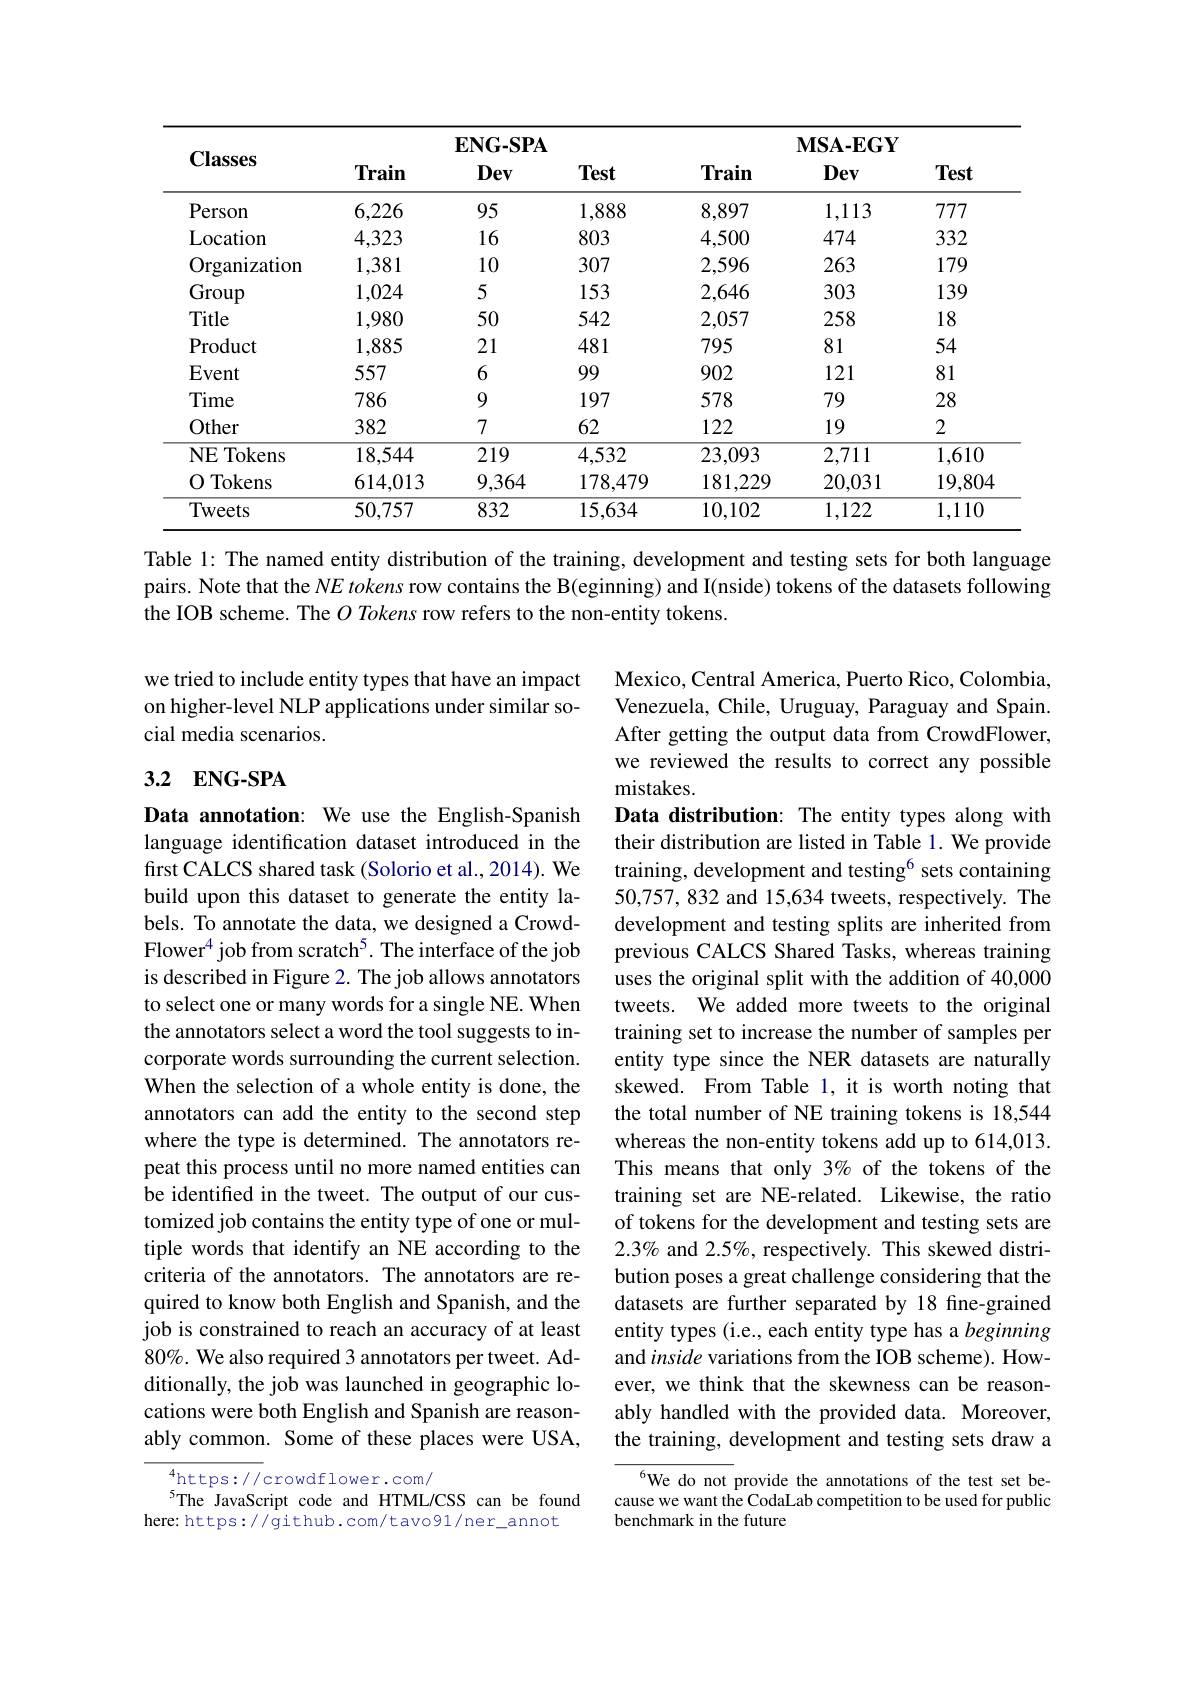
<table>
	<tbody>
		<tr>
			<th rowspan="2">$\mathbf{Classes}$</th>
			<th colspan="3">$\mathbf{ENG-SPA}$</th>
			<th colspan="3">$\mathbf{MSA-EGY}$</th>
		</tr>
		<tr>
			<th>Train</th>
			<th>Dev</th>
			<th>Test</th>
			<th>Train</th>
			<th>Dev</th>
			<th>Test</th>
		</tr>
		<tr>
			<td>Person</td>
			<td>6,226</td>
			<td>95</td>
			<td>1,888</td>
			<td>8,897</td>
			<td>1,113</td>
			<td>777</td>
		</tr>
		<tr>
			<td>Location</td>
			<td>4,323</td>
			<td>16</td>
			<td>803</td>
			<td>4,500</td>
			<td>474</td>
			<td>332</td>
		</tr>
		<tr>
			<td>Organization</td>
			<td>1,381</td>
			<td>10</td>
			<td>307</td>
			<td>2,596</td>
			<td>263</td>
			<td>179</td>
		</tr>
		<tr>
			<td>Group</td>
			<td>1,024</td>
			<td>5</td>
			<td>153</td>
			<td>2,646</td>
			<td>303</td>
			<td>139</td>
		</tr>
		<tr>
			<td>Title</td>
			<td>1,980</td>
			<td>50</td>
			<td>542</td>
			<td>2,057</td>
			<td>258</td>
			<td>18</td>
		</tr>
		<tr>
			<td>Product</td>
			<td>1,885</td>
			<td>21</td>
			<td>481</td>
			<td>795</td>
			<td>81</td>
			<td>54</td>
		</tr>
		<tr>
			<td>Event</td>
			<td>557</td>
			<td>6</td>
			<td>99</td>
			<td>902</td>
			<td>121</td>
			<td>81</td>
		</tr>
		<tr>
			<td>Time</td>
			<td>786</td>
			<td>9</td>
			<td>197</td>
			<td>578</td>
			<td>79</td>
			<td>28</td>
		</tr>
		<tr>
			<td>Other</td>
			<td>382</td>
			<td>7</td>
			<td>62</td>
			<td>122</td>
			<td>19</td>
			<td>2</td>
		</tr>
		<tr>
			<td>NE Tokens 1</td>
			<td>18,544</td>
			<td>219</td>
			<td>4,532</td>
			<td>23,093</td>
			<td>2,711</td>
			<td>1,610</td>
		</tr>
		<tr>
			<td>Tokens 0</td>
			<td>614,013</td>
			<td>9,364</td>
			<td>178,479</td>
			<td>181,229</td>
			<td>20,031</td>
			<td>19,804</td>
		</tr>
		<tr>
			<td>Tweets</td>
			<td>50,757</td>
			<td>832</td>
			<td>15,634</td>
			<td>10,102</td>
			<td>1,122</td>
			<td>1,110</td>
		</tr>
	</tbody>
</table>
Table 1: The named entity distribution of the training, development and testing sets for both language

pairs. Note that the $NE\textit{ tokens row contains the B( eginning) and I( nside) tokens of the datasets following}$
the IOB scheme. The $O\textit{Tokens row refers to the non- entity tokens. }$

we tried to include entity types that have an impact on higher-level NLP applications under similar social media scenarios.

## 3.2 $\mathbf{ENG- SPA}$

Mexico, Central America, Puerto Rico, Colombia, Venezuela, Chile, Uruguay, Paraguay and Spain. After getting the output data from CrowdFlower, we reviewed the results to correct any possible mistakes.
Data distribution: The entity types along with their distribution are listed in Table 1. We provide training, development and testing$^{6}$ sets containing 50,757,832 and 15,634 tweets, respectively. The development and testing splits are inherited from previous CALCS Shared Tasks, whereas training uses the original split with the addition of 40,000 tweets. We added more tweets to the original training set to increase the number of samples per entity type since the NER datasets are naturally skewed. From Table 1, it is worth noting that the total number of NE training tokens is 18,544 whereas the non-entity tokens add up to 614,013. This means that only 3% of the tokens of the training set are NE-related. Likewise, the ratio of tokens for the development and testing sets are 2.3% and 2.5%, respectively. This skewed distribution poses a great challenge considering that the datasets are further separated by 18 fine-grained entity types (i.e., each entity type has a beginning and inside variations from the IOB scheme). However, we think that the skewness can be reasonably handled with the provided data. Moreover, the training, development and testing sets draw a
$^{6}$We do not provide the annotations of the test set be-

Data annotation: We use the English-Spanish language identification dataset introduced in the first CALCS shared task (Solorio et al., 2014). We build upon this dataset to generate the entity labels. To annotate the data, we designed a CrowdFlower$^{4}$ job from scratch$^5.$ The interface of the job is described in Figure 2. The job allows annotators to select one or many words for a single NE. When the annotators select a word the tool suggests to incorporate words surrounding the current selection. When the selection of a whole entity is done, the annotators can add the entity to the second step where the type is determined. The annotators repeat this process until no more named entities can be identified in the tweet. The output of our customized job contains the entity type of one or multiple words that identify an NE according to the criteria of the annotators. The annotators are required to know both English and Spanish, and the job is constrained to reach an accuracy of at least 80%. We also required 3 annotators per tweet. Additionally, the job was launched in geographic locations were both English and Spanish are reasonably common. Some of these places were USA,
$^{4}$https://crowdflower.com/

$^{5}$The JavaScript code and HTML/CSS can be found
here: https://github.com/tavo91/ner\_annot

cause we want the CodaLab competition to be used for public
benchmark in the future